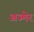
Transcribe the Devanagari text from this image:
अज्मेर